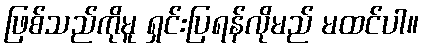
ဖြစ်သည်ကိုမူ ရှင်းပြရန်လိုမည် မထင်ပါ။